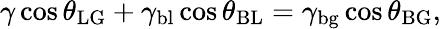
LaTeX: \gamma\cos\theta_{\mathrm{LG}}+\gamma_{\mathrm{bl}}\cos\theta_{\mathrm{BL}}=\gamma_{\mathrm{bg}}\cos\theta_{\mathrm{BG}},